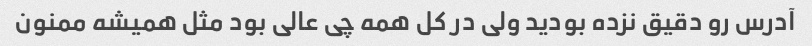
آدرس رو دقیق نزده بودید ولی در کل همه چی عالی بود مثل همیشه ممنون